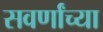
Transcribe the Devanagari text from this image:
सवर्णांच्या